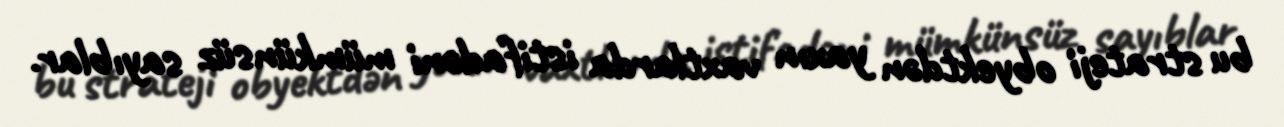
bu strateji obyektdən yaxın vaxtlarda istifadəni mümkünsüz sayıblar.